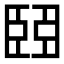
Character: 𦣩